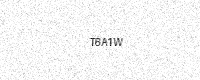
Text: T6A1W